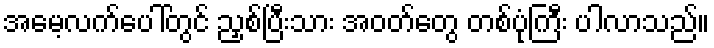
အမေ့လက်ပေါ်တွင် ညှစ်ပြီးသား အဝတ်တွေ တစ်ပုံကြီး ပါလာသည်။